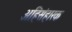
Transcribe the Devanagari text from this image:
अहिसंहारक